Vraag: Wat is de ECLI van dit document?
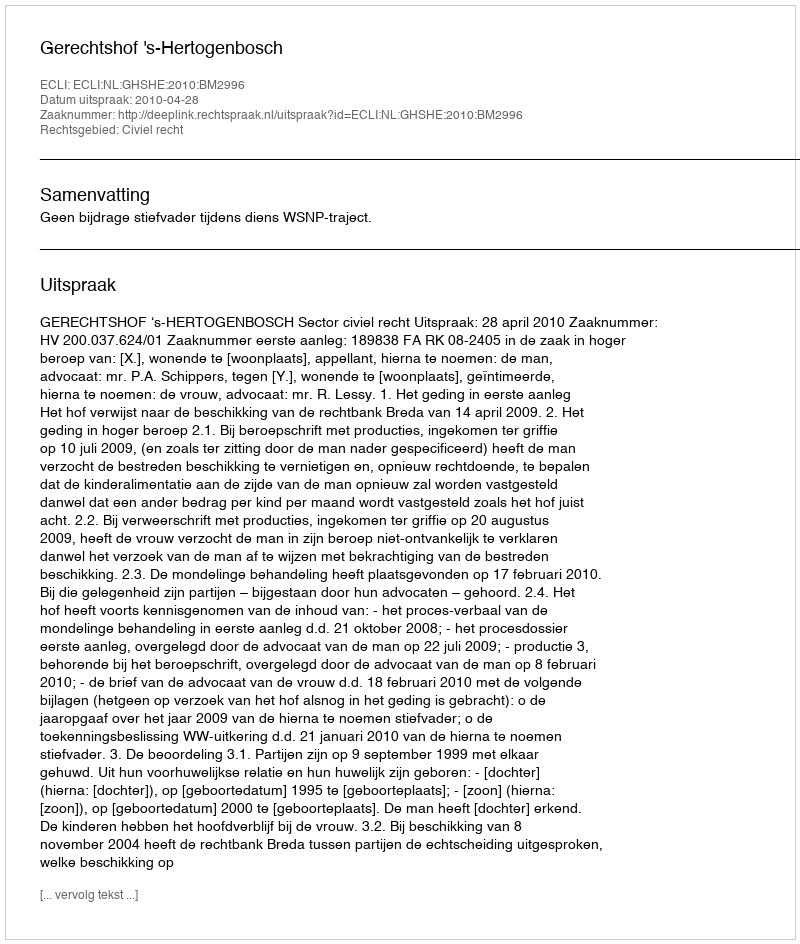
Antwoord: ECLI:NL:GHSHE:2010:BM2996